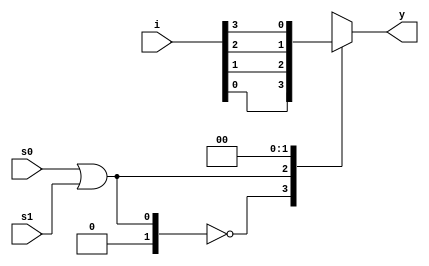
module mux4x1_bh(i,s0,s1,y);
input [3:0]i;
input s0,s1;
output reg y;
always @ (*)
begin 
case (s0|s1)
2'b00 : y<=i[0];
2'b01 : y<=i[1];
2'b10 : y<=i[2];
2'b11 : y<=i[3];
endcase
end



endmodule